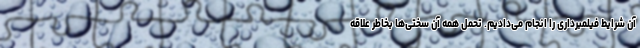
آن شرایط فیلمبرداری را انجام می‌دادیم. تحمل همه آن سختی‌ها بخاطر علاقه